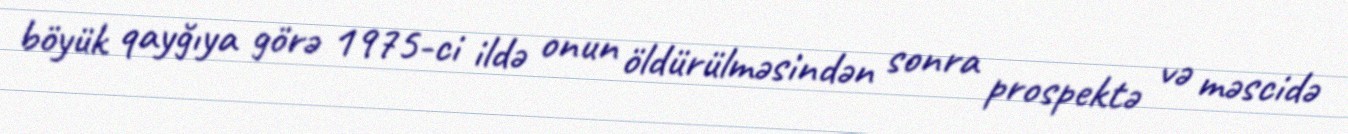
böyük qayğıya görə 1975-ci ildə onun öldürülməsindən sonra prospektə və məscidə